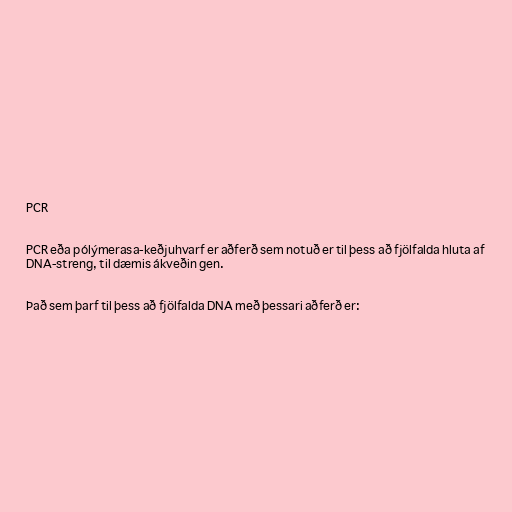
PCR

PCR eða pólýmerasa-keðjuhvarf er aðferð sem notuð er til þess að fjölfalda hluta af
DNA-streng, til dæmis ákveðin gen.

Það sem þarf til þess að fjölfalda DNA með þessari aðferð er: